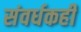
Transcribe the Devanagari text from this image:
संवर्धकही